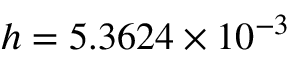
h = 5 . 3 6 2 4 \times 1 0 ^ { - 3 }